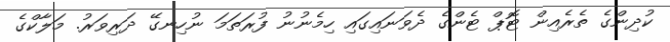
ކުދިންގެ ތެރެއިން ޓޮޕް ޓެންގެ ދެވަނައިގައި ހިމެނުނު ފުރަތަމަ ނުހިނގޭ ދަރިވަރު. މަލާކްގެ